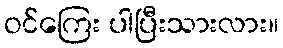
ဝင်ကြေး ပါပြီးသားလား။